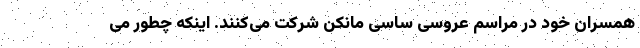
همسران خود در مراسم عروسی ساسی مانکن شرکت می‌کنند. اینکه چطور می‌